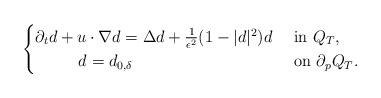
LaTeX: \begin{align*}\begin{cases}\partial_t d+u\cdot\nabla d=\Delta d+\frac{1}{\epsilon^2}(1-|d|^2)d & \ {\rm{in}}\ Q_T,\\\qquad\ \ d=d_{0,\delta} & \ {\rm{on}}\ \partial_p Q_T.\end{cases}\end{align*}